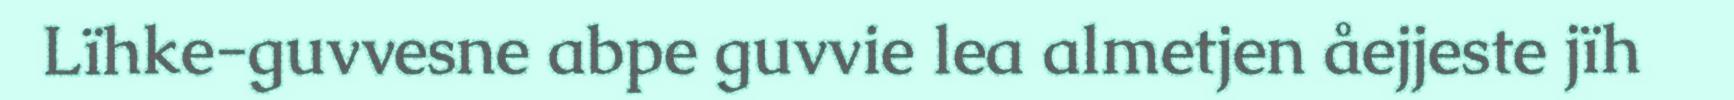
Lïhke-guvvesne abpe guvvie lea almetjen åejjeste jïh